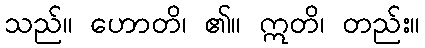
သည်။ ဟောတိ၊ ၏။ ဣတိ၊ တည်း။